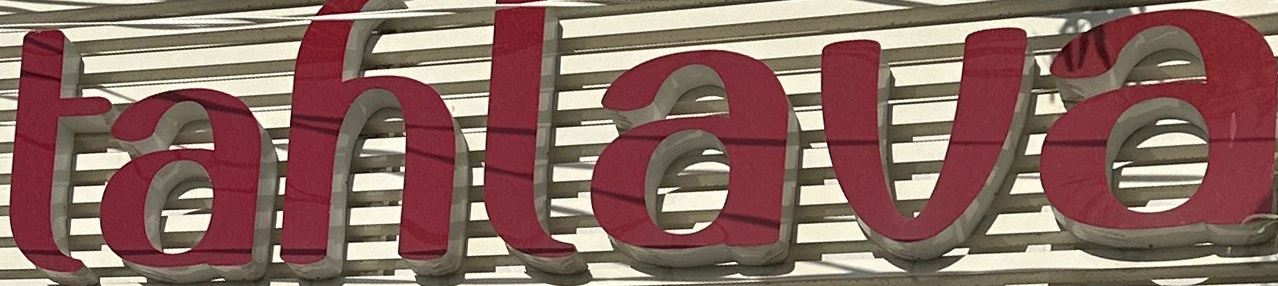
tahlava